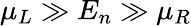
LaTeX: \mu_{L}\gg E_{n}\gg\mu_{R}